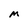
Character: M